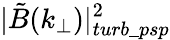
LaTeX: |\tilde{B}(k_{\perp})|_{turb\_ psp}^{2}